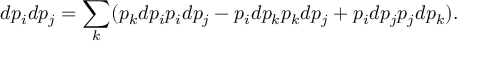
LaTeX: d p _ { i } d p _ { j } = \sum _ { k } ( p _ { k } d p _ { i } p _ { i } d p _ { j } - p _ { i } d p _ { k } p _ { k } d p _ { j } + p _ { i } d p _ { j } p _ { j } d p _ { k } ) .